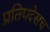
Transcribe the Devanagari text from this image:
प्रतिपदेसच